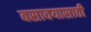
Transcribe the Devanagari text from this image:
बसावयासाठी